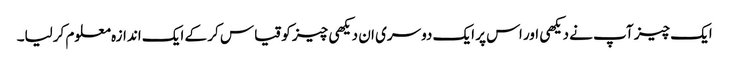
ایک چیز آپ نے دیکھی اور اس پر ایک دوسری ان دیکھی چیز کو قیاس کر کے ایک اندازہ معلوم کرلیا۔